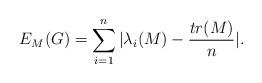
LaTeX: \begin{align*} E_{M}(G)= \sum_{i=1}^n | \lambda_i (M) - \frac{ tr(M)}{n}|. \end{align*}